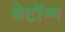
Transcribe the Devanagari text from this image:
बेटॉन्ग